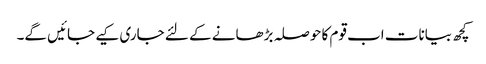
کچھ بیانات اب قوم کا حوصلہ بڑھانے کے لئے جاری کیے جائیں گے۔